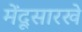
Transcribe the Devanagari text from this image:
मेंदूसारखे